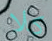
كلا